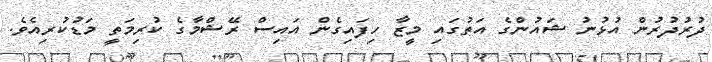
ދުރުދުރުން އުޅުނު ޝައުންގެ އަތުގައި މީޒާ ހިފައިގެން އައިސް ރޭޝްމާގެ ކުރިމަތީ މަޑުކުރިއެވެ.